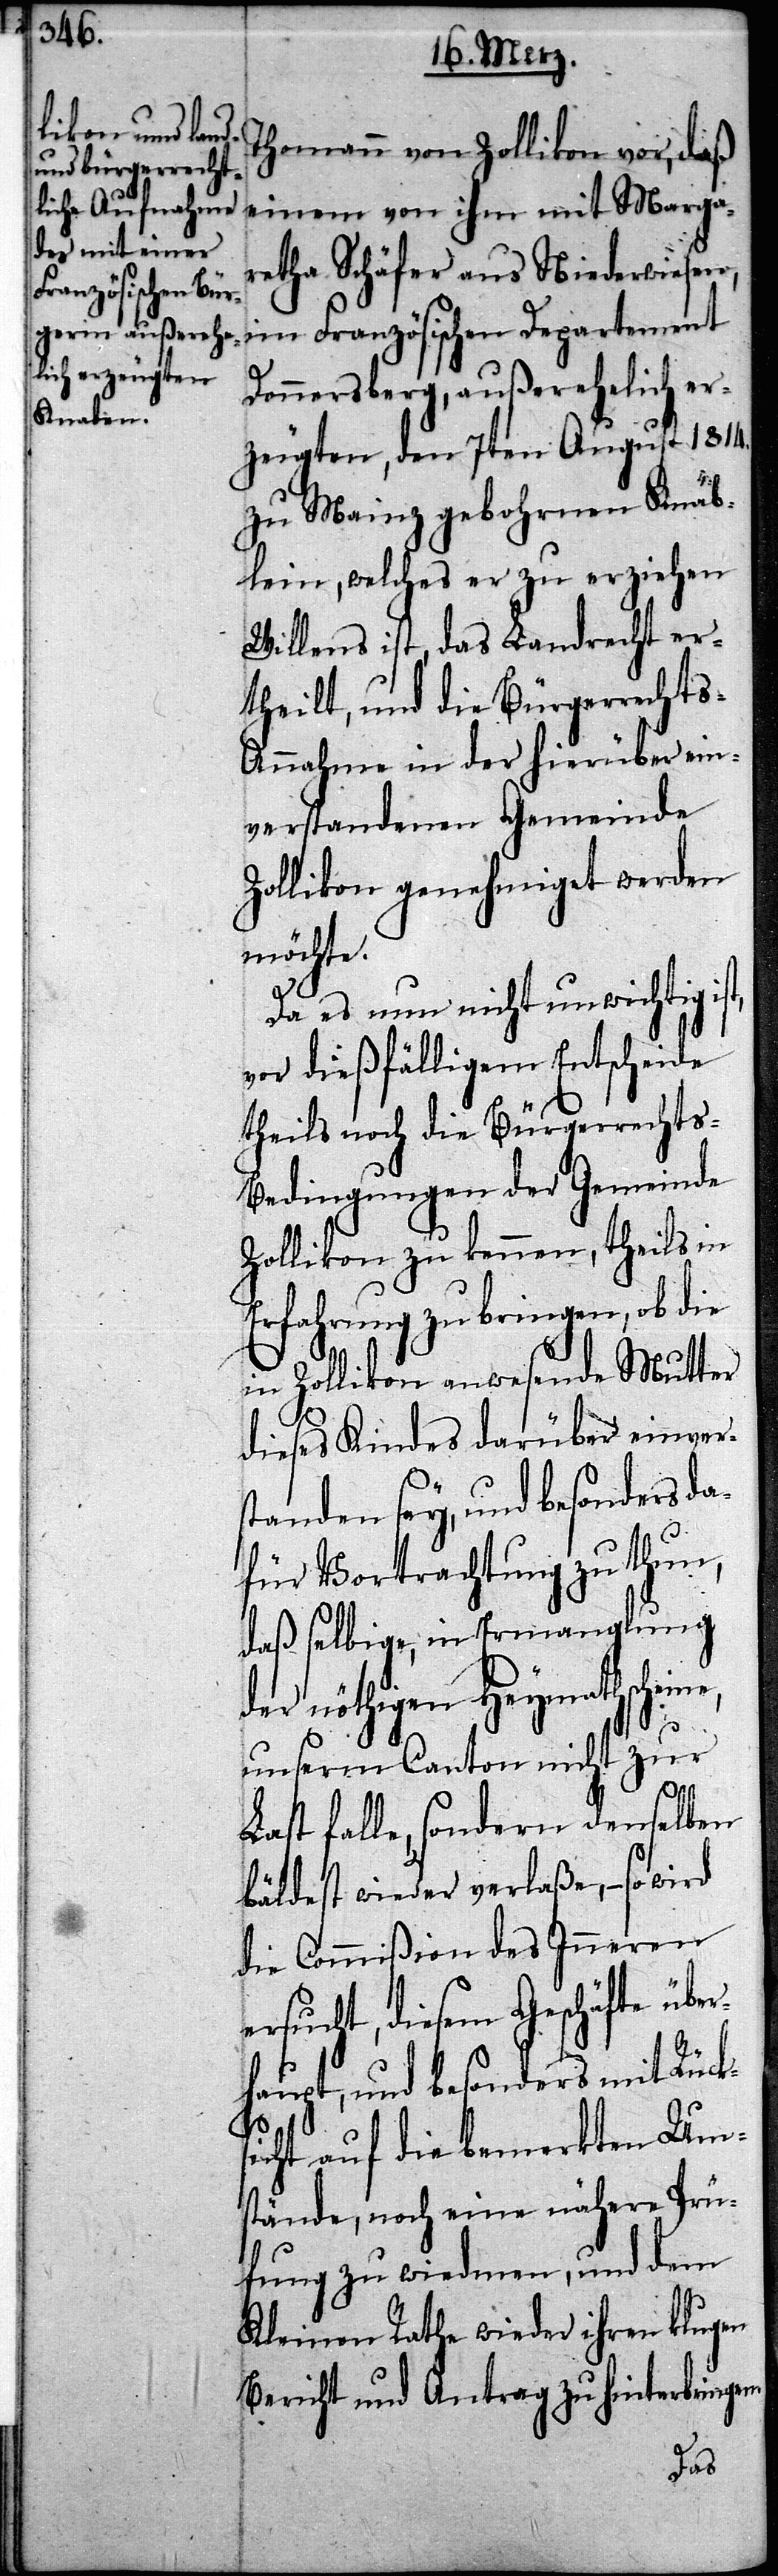
Thomann von Zollikon vor, daß
einem von ihm mit Marga¬
retha Schäfer aus Niederwiesen,
im Französischen Departement
Donnersberg, außerehelich er¬
zeugten, den 7ten August 1814.
zu Mainz gebohrnen Knäb¬
lein, welches er zu erziehen
Willens ist, das Landrecht er¬
theilt, und die Bürgerrecht¬
s-Annahme in der hierüber ein¬
verstandenen Gemeinde
Zollikon genehmiget werden
möchte.
Da es nun nicht unwichtig ist,
vor dießfälligem Entscheide
theils noch die Bürgerrechts-B¬
edingungen der Gemeinde
Zollikon zu kennen, theils in
Erfahrung zu bringen, ob die
in Zollikon anwesende Mutter
dieses Kindes darüber einver¬
standen sey, und besonders da¬
für Vortrachtung zu thun,
daß selbige, in Ermanglung
der nöthigen Heymathschein¬
unserm Canton nicht zur
Last falle, sondern denselben
bäldest wieder verlaße, so wird
die Commißion des Inneren
ersucht, diesem Geschäfte übe¬
rhaupt, und besonders mit Rücks¬
icht auf die bemerkten Um¬
stände, noch eine nähere Prü¬
fung zu wiedmen, und dem
Kleinen Rathe wieder ihren klugen
Bericht und Antrag zu hinterbringen.
e,